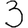
Digit: 3